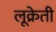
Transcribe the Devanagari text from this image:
लूक्रेती